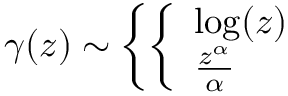
\gamma ( z ) \sim \left\{ \left\{ \begin{array} { l l } { { \log ( z ) } } \\ { { \frac { z ^ { \alpha } } { \alpha } } } \end{array} \right. \right.